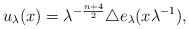
LaTeX: \begin{align*}u_\lambda(x)=\lambda^{-\frac{n+4}{2}}\triangle e_\lambda(x\lambda^{-1}),\end{align*}